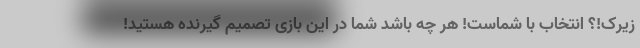
زیرک!؟ انتخاب با شماست! هر چه باشد شما در این بازی تصمیم گیرنده هستید!